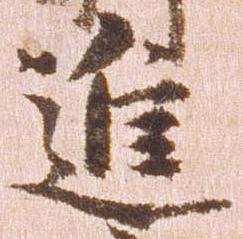
進